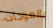
بالموجات